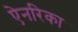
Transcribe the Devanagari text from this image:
ऐनरिका